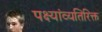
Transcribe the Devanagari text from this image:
पक्ष्यांव्यतिरिक्त